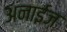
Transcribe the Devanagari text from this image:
अनाईज़